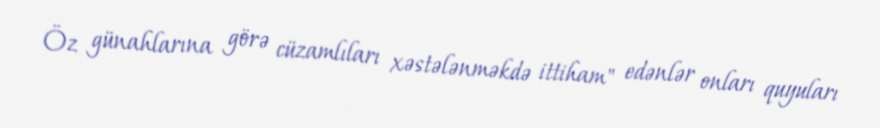
Öz günahlarına görə cüzamlıları xəstələnməkdə ittiham" edənlər onları quyuları